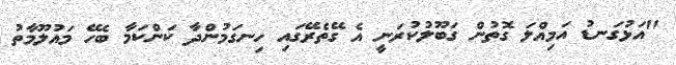
"އަޅުގަނޑު އަމިއްލަ ގޮތުން ގަބޫލުކުރަނީ އެ ގޭތެރޭގައި ހިނގަމުންދާ ކަންކަމާ ބެހޭ މައުލޫމާތު